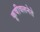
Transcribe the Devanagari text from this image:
कृषीवलनेते